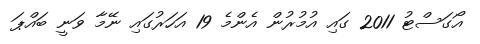
އޯގަސްޓު 2011 ގައި އުމުރުން އެންމެ 19 އަހަރުގައި ނޭމާ ވަނީ ބައްޕަ